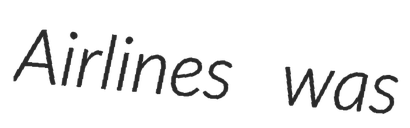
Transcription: Airlines was